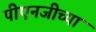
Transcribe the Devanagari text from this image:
पीएनजीच्या